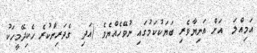
އަމިއްލަ  އަށް އަނިޔާވެރި ބަޔަކުކަމުގައި ނުވޭހެއްޔެވެ (އަދި  ގެދަރިންކުރެ ހެކިދޭމީހަކު